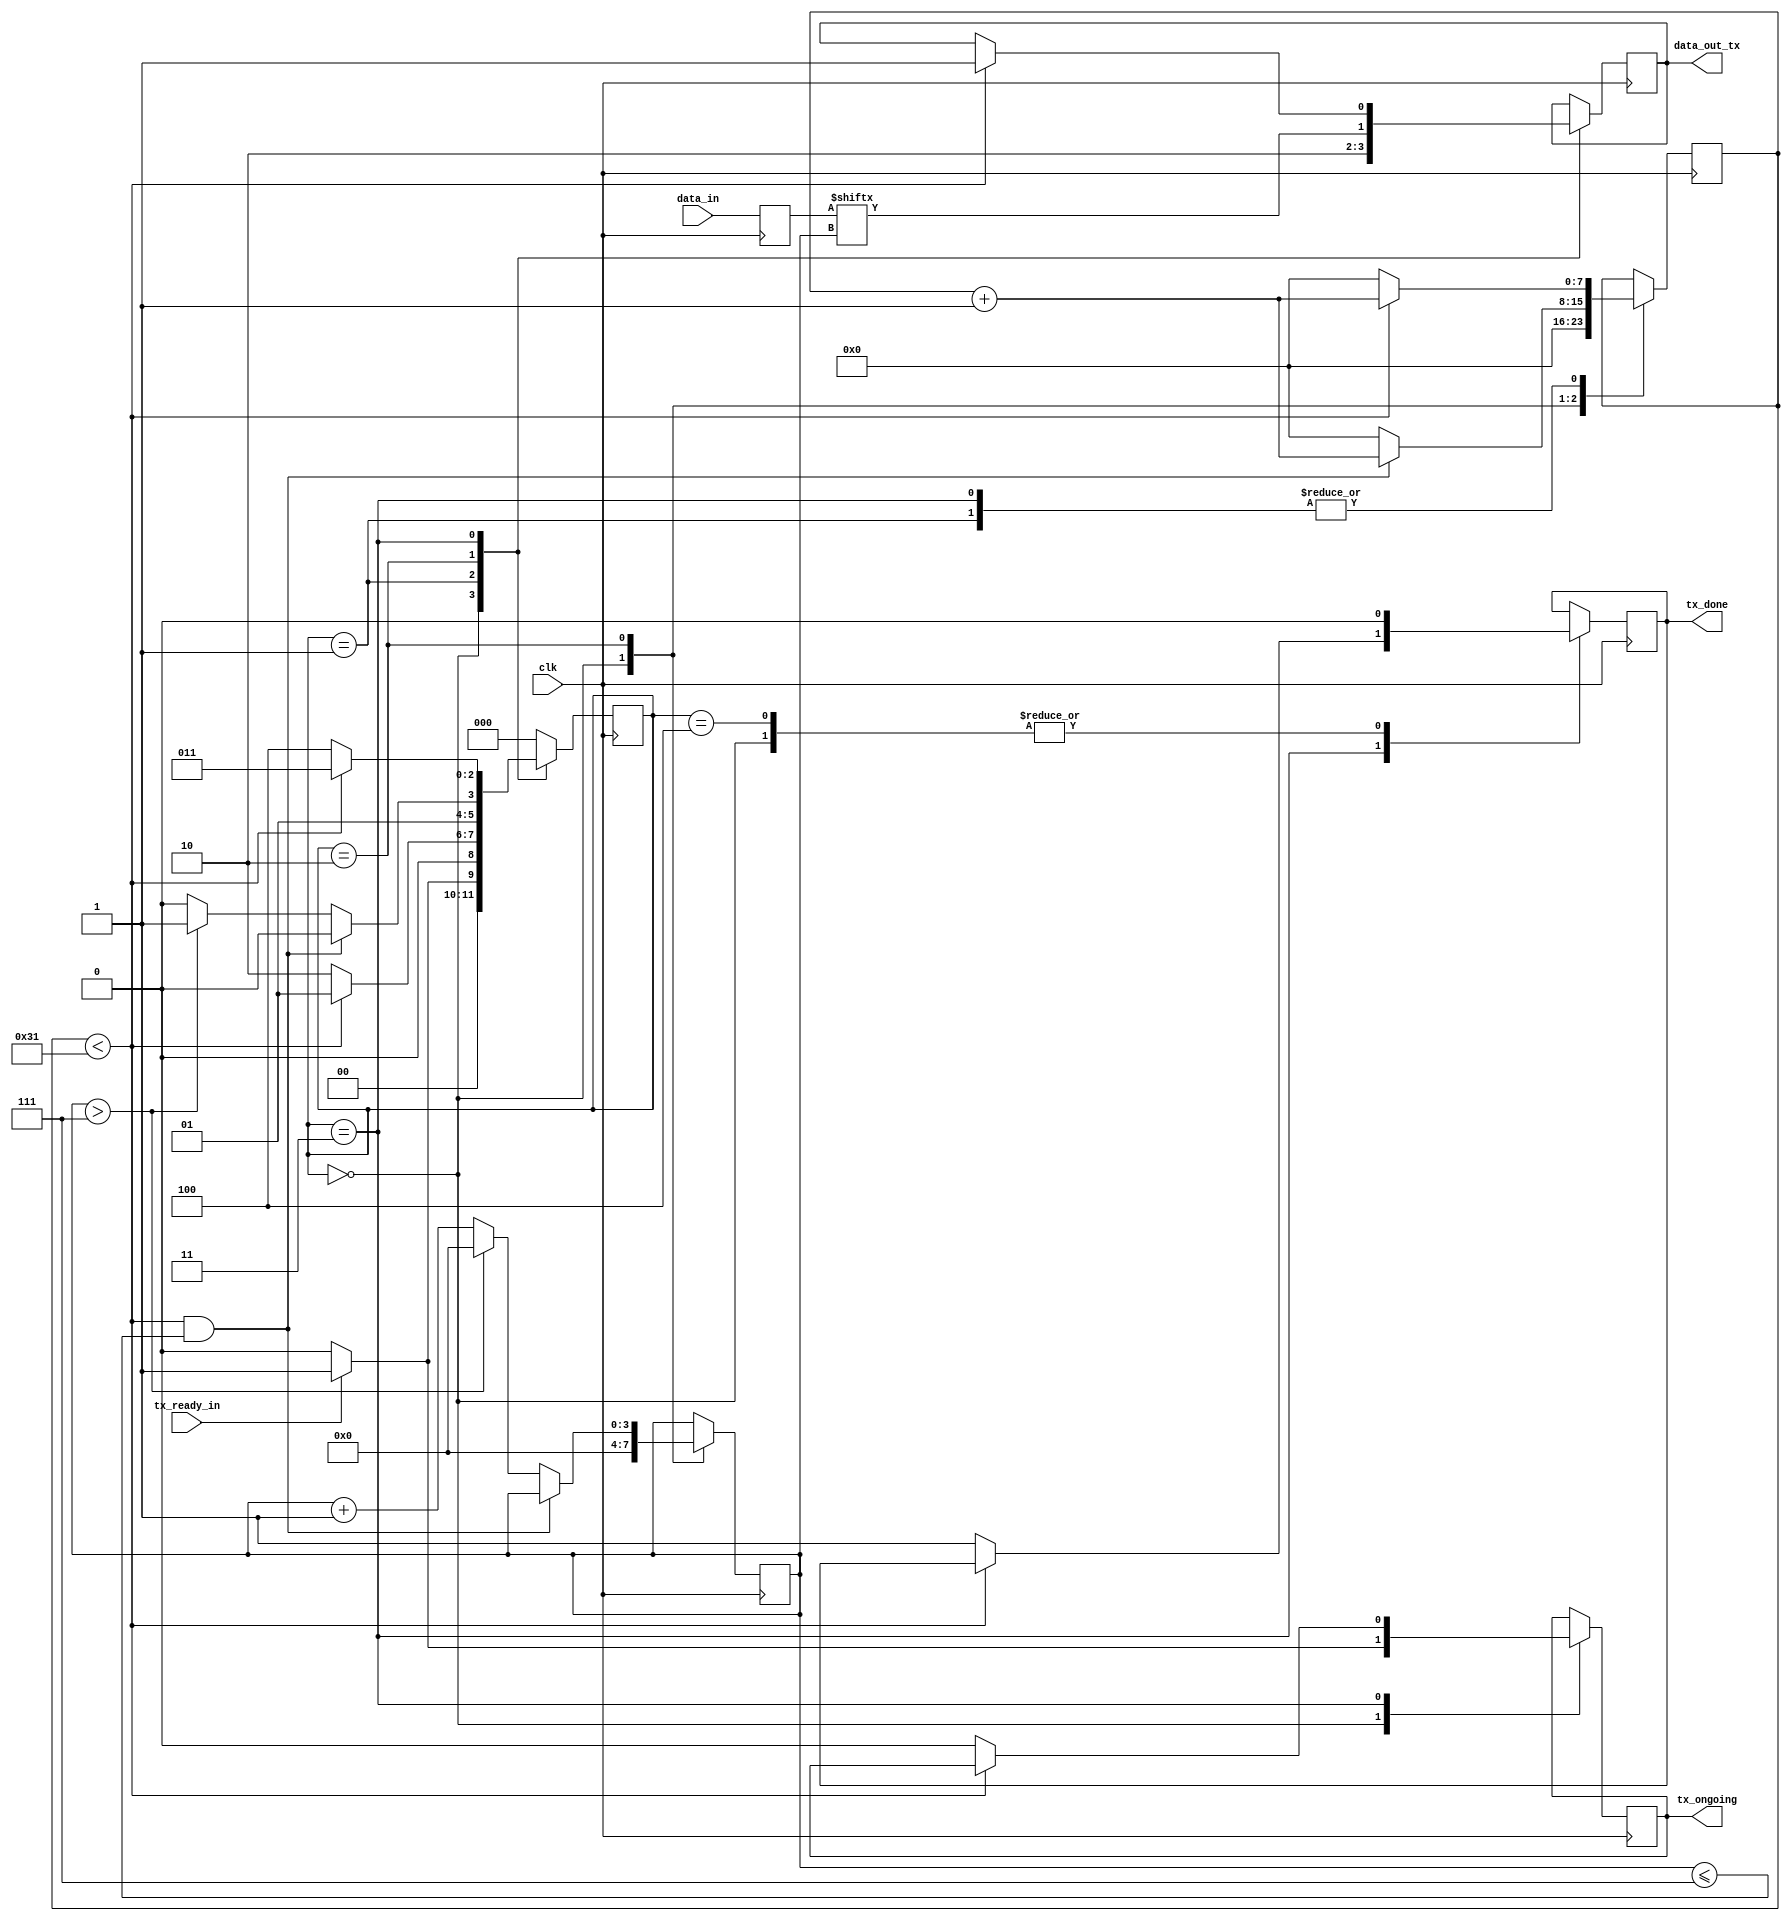
module UART_Transmitter(input clk, input [7:0] data_in, input tx_ready_in, output tx_ongoing, output tx_done, output data_out_tx);

     parameter clock_per_bit = 50;              //**ASSUMED 50**, can be calculated as (frequency of clock)/(baud rate of UART) 
                                               //             and parameter value can be specified by overiding the parameter value
    parameter state_idle = 3'b000;
    parameter state_start_bit = 3'b001;
    parameter state_data_bit = 3'b010;
    parameter state_stop_bit = 3'b011;
    parameter state_data_cleanup = 3'b100;


    reg [2:0] state = 3'b000;
    reg data_out_tx = 1'b0;
    reg [7:0] clock_count;
    reg [7:0] data_in_copy;
    reg [3:0] bit_index = 4'b0000;
    reg tx_ready_in_copy;
    reg tx_done,tx_ongoing;

    always @(posedge clk)
    begin
        data_in_copy <= data_in;
        tx_ready_in_copy <= tx_ready_in;
    end

    always @(posedge clk)
    begin
        case(state)

            state_idle:
                begin
                    data_out_tx <= 1'b1;
                    tx_done <= 1'b0;
                    tx_ongoing <= 1'b0;
                    clock_count <= 0;
                    bit_index <= 0;
                    if(tx_ready_in == 1'b1)
                    begin
                        tx_ongoing<= 1'b1;
                        state <= state_start_bit;
                    end
                    else
                        state <= state_idle;
                end

            state_start_bit:
                begin  
                    data_out_tx <= 1'b0;
                    if(clock_count < clock_per_bit-1)
                    begin
                        clock_count <= clock_count + 1;
                        state <= state_start_bit;
                    end
                    else
                    begin
                        state <= state_data_bit;
                        clock_count <= 0;
                    end
                end
                
            state_data_bit:
                begin
                    data_out_tx <= data_in_copy[bit_index];
                    if(clock_count < clock_per_bit-1 & bit_index <= 7)
                        begin
                            clock_count <= clock_count + 1;
                            state <= state_data_bit;
                        end
                    else
                        begin
                            clock_count <= 0;
                            if(bit_index > 7)
                                begin
                                    bit_index <= 0;
                                    state <= state_stop_bit;
                                end
                            else
                                begin
                                    
                                    bit_index <= bit_index + 1;
                                    state <= state_data_bit;
                                end
                        end
                end    

            state_stop_bit:
                begin
                    if(clock_count < clock_per_bit-1)
                        begin
                            data_out_tx = 1'b1;
                            clock_count <= clock_count + 1;
                            state <= state_stop_bit;
                        end
                    else
                        begin
                            tx_done <= 1'b1;
                            tx_ongoing <= 1'b0;
                            state <= state_data_cleanup;
                            clock_count <= 0;
                        end
                end

            state_data_cleanup:
                begin
                    tx_done <= 1'b0;
                    state <= state_idle;
                end

            default:
                state <= state_idle;
        endcase
    end
endmodule